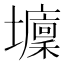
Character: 𡓔